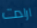
ارادت